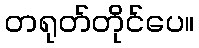
တရုတ်တိုင်ပေ။